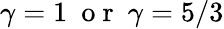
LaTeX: \gamma=1\ \mathrm{~o~r~}\ \gamma=5/3